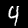
Label: 4